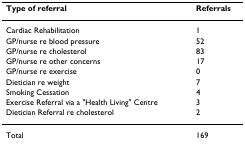
<table><thead><tr><td><b>Type of referral</b></td><td><b>Referrals</b></td></tr></thead><tbody><tr><td>Cardiac Rehabilitation</td><td>1</td></tr><tr><td>GP/nurse re blood pressure</td><td>52</td></tr><tr><td>GP/nurse re cholesterol</td><td>83</td></tr><tr><td>GP/nurse re other concerns</td><td>17</td></tr><tr><td>GP/nurse re exercise</td><td>0</td></tr><tr><td>Dietician re weight</td><td>7</td></tr><tr><td>Smoking Cessation</td><td>4</td></tr><tr><td>Exercise Referral via a &quot;Health Living&quot; Centre</td><td>3</td></tr><tr><td>Dietician Referral re cholesterol</td><td>2</td></tr><tr><td>Total</td><td>169</td></tr></tbody></table>